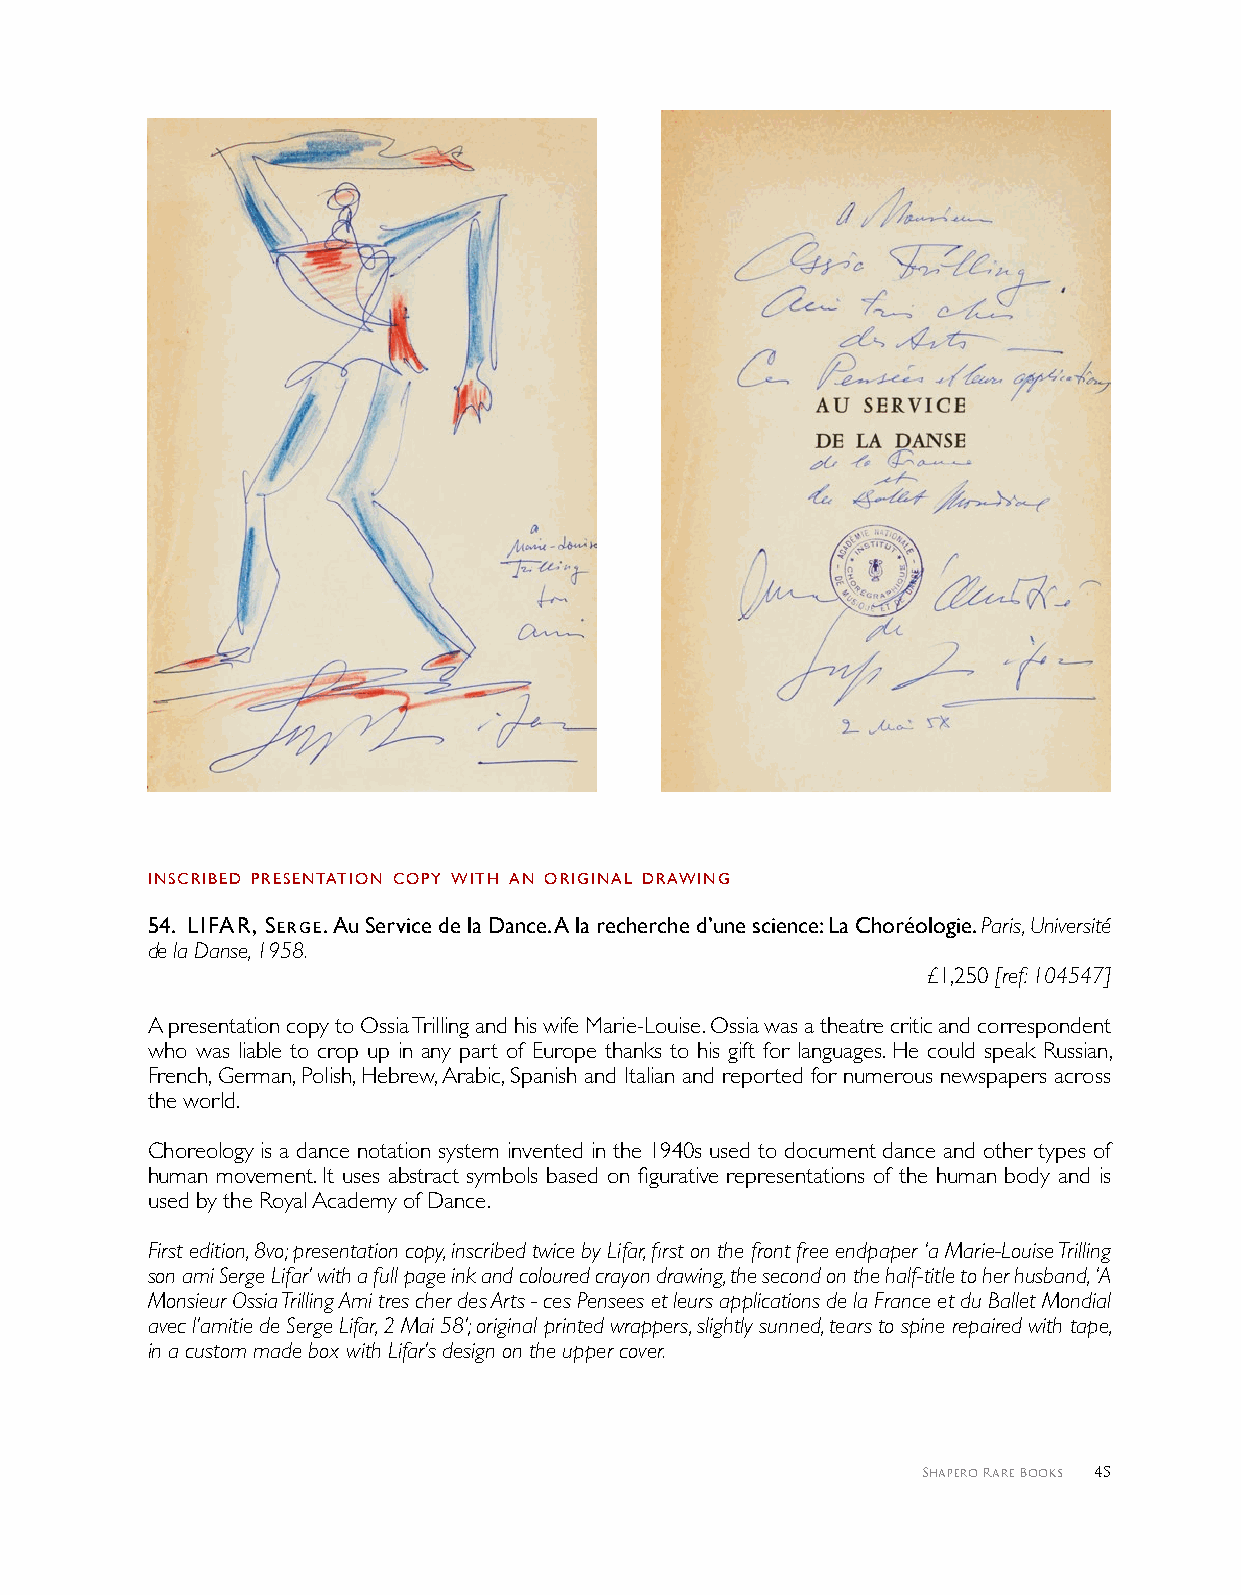
INScrIbed PreSeNTATIoN coPY wITH AN orIgINAl drAwINg
 5 4 . lIfAr, Serge. Au Service de la Dance. A la recherche d’une science: La Choréologie. Paris, Université
 de la Danse, 1958.
 £1,250 [ref: 104547]
 A presentation copy to Ossia Trilling and his wife Marie-Louise. Ossia was a theatre critic and correspondent
 who was liable to crop up in any part of Europe thanks to his gift for languages. He could speak Russian,
 French, German, Polish, Hebrew, Arabic, Spanish and Italian and reported for numerous newspapers across
 the world.
 Choreology is a dance notation system invented in the 1940s used to document dance and other types of
 human movement. It uses abstract symbols based on figurative representations of the human body and is
 used by the Royal Academy of Dance.
 First edition, 8vo; presentation copy, inscribed twice by Lifar, first on the front free endpaper ‘a Marie-Louise Trilling
 son ami Serge Lifar’ with a full page ink and coloured crayon drawing, the second on the half-title to her husband, ‘A
 Monsieur Ossia Trilling Ami tres cher des Arts - ces Pensees et leurs applications de la France et du Ballet Mondial
 avec l’amitie de Serge Lifar, 2 Mai 58’; original printed wrappers, slightly sunned, tears to spine repaired with tape,
 in a custom made box with Lifar’s design on the upper cover.
 Shapero Rare Books 45